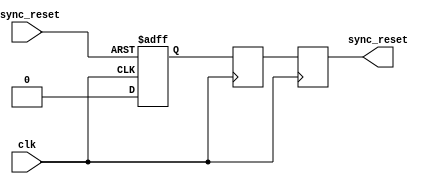
module async_reset_synchronizer (
    input wire clk,            // Clock input
    input wire async_reset,    // Asynchronous reset input
    output reg sync_reset      // Synchronized reset output
);

    // Internal signals for the synchronizer stages
    reg stage1;
    reg stage2;

    // Synchronous process for the first stage
    always @(posedge clk or posedge async_reset) begin
        if (async_reset) begin
            stage1 <= 1'b1;     // Assert stage1 if async_reset is high
        end else begin
            stage1 <= 1'b0;     // De-assert stage1 otherwise
        end
    end

    // Synchronous process for the second stage
    always @(posedge clk) begin
        stage2 <= stage1;        // Capture stage1 output on clock edge
    end

    // Final output assignment
    always @(posedge clk) begin
        sync_reset <= stage2;    // Assign stage2 output to sync_reset
    end

endmodule